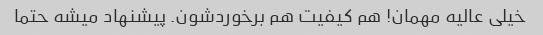
خیلی عالیه مهمان! هم کیفیت هم برخوردشون. پیشنهاد میشه حتما